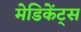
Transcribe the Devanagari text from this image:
मेडिकेंट्स